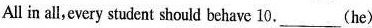
All in all,every student should behave 10.__(he)